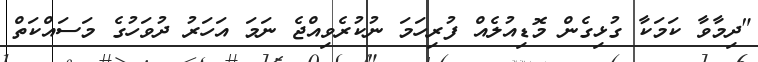
"ދިމާވާ ކަމަކާ ގުޅިގެން މޮޑިއުލެއް ފުރިހަމަ ނުކުރެވިއްޖެ ނަމަ އަހަރު ދުވަހުގެ މަސައްކަތް